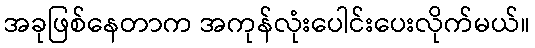
အခုဖြစ်နေတာက အကုန်လုံးပေါင်းပေးလိုက်မယ်။